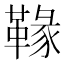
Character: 𩌁